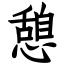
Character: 憩